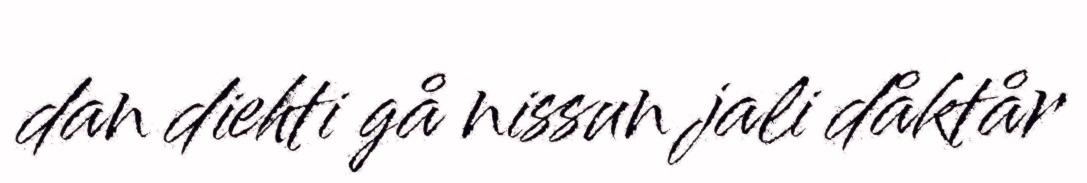
dan diehti gå nissun jali dåktår